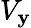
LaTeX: V_{\mathbf{y}}